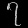
Digit: ၇